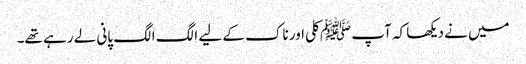
میں نے دیکھا کہ آپ ﷺ کلی اور ناک کے لیے الگ الگ پانی لے رہے تھے۔